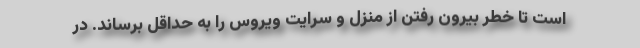
است تا خطر بیرون رفتن از منزل و سرایت ویروس را به حداقل برساند. در